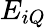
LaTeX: E_{iQ}